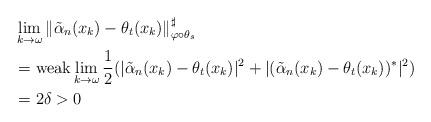
LaTeX: \begin{align*}\ & \lim _{k\to \omega }\| \tilde{\alpha} _n (x_k) -\theta _t(x_k)\| _{\varphi \circ \theta _s}^\sharp \\ &=\mathrm{weak}\lim _{k \to \omega }\frac{1}{2} ( |\tilde{\alpha } _n (x_k) -\theta _t(x_k )|^2 +|(\tilde{\alpha }_n (x_k)-\theta _t(x_k))^*|^2 ) \\& =2\delta >0\end{align*}